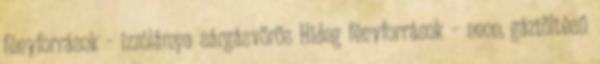
fényforrások - izzólámpa sárgásvörös Hideg fényforrások – neon, gáztöltésű